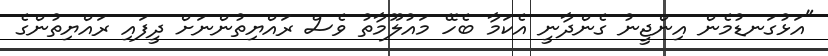
"އަޅުގަނޑުމެން އިންޖީނު ގެންދާނީ އެކަމާ ބެހޭ މައުލޫމާތު ވެސް ރައްޔިތުންނަށް ދީފައި ރައްޔިތުންގެ